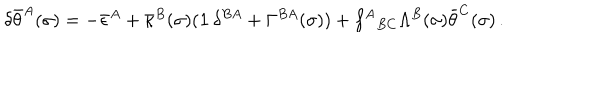
\delta \bar { \theta } ^ { A } ( \sigma ) = - \bar { \epsilon } ^ { A } + \bar { \kappa } ^ { B } ( \sigma ) ( { \bf 1 } \, \delta ^ { B A } + \Gamma ^ { B A } ( \sigma ) ) + f ^ { A } { } _ { B C } \Lambda ^ { B } ( \sigma ) \bar { \theta } ^ { C } ( \sigma ) \, .